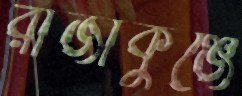
রাজাকুঞ্জে